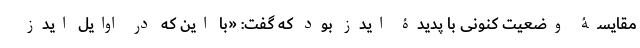
مقایسۀ وضعیت کنونی با پدیدۀ ایدز بود که گفت: «با این که در اوایل ایدز